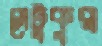
সেটুকুর